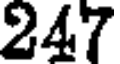
247